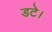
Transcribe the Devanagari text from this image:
डटे।